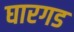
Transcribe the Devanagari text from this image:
घारगड